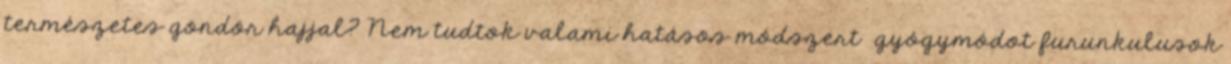
természetes göndör hajjal? Nem tudtok valami hatásos módszert gyógymódot furunkulusok